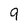
Character: 9